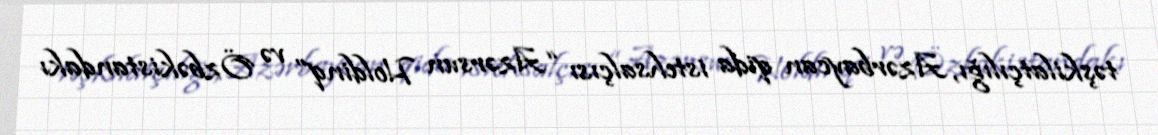
təşkilatçılığı, Azərbaycan qida istehsalçısı “Azərsun Holdinq” və Özbəkistandakı